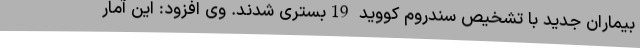
بیماران جدید با تشخیص سندروم کووید 19بستری شدند. وی افزود: این آمار